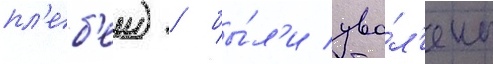
пл'еб'еи) / бы́л'и уво́л'ены